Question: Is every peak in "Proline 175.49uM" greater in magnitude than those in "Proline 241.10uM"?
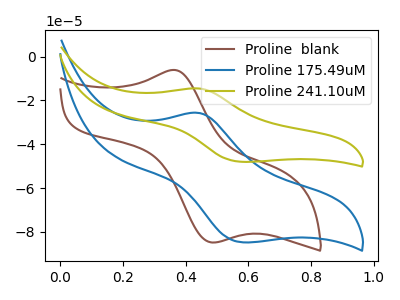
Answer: <think>The brown curve "Proline  blank" has an anodic peak at (0.35V, -6.10uA) and a cathodic peak at (0.50V, -84.80uA). The blue curve "Proline 175.49uM" has an anodic peak at (0.45V, -25.70uA) and a cathodic peak at (0.60V, -84.75uA). The olive curve "Proline 241.10uM" has an anodic peak at (0.45V, -14.60uA) and a cathodic peak at (0.60V, -48.05uA).</think>
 <answer>The peaks in "Proline 175.49uM" are neither all higher or all lower than the peaks in "Proline 241.10uM".</answer>
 <eval>mixed</eval>